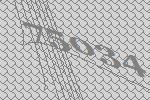
75034